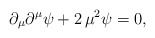
\begin{align*}\partial_{\mu}\partial^{\mu}\psi+2\,\mu^{2}\psi = 0,\end{align*}